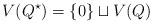
LaTeX: \begin{align*}V(Q^{\star})=\{0\} \sqcup V(Q)\end{align*}